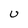
Character: U